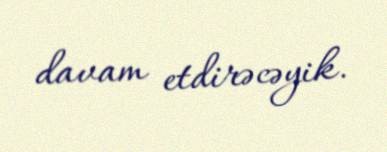
davam etdirəcəyik.